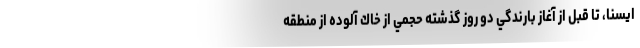
ايسنا، تا قبل از آغاز بارندگي دو روز گذشته حجمي از خاك آلوده از منطقه